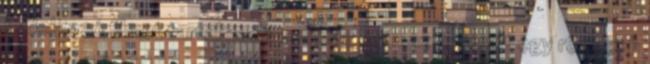
feldolgozó filmet tartalmazó csomag adta az apropót egy rövidebb